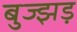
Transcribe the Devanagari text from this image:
बुज्झड़